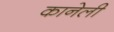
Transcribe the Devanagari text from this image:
कानेली